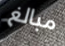
مبالغ